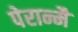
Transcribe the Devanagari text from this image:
पेरान्मै